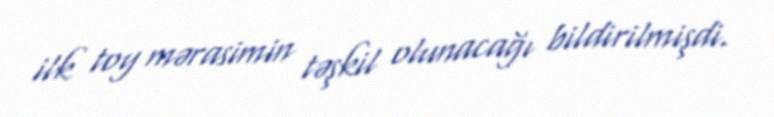
ilk toy mərasimin təşkil olunacağı bildirilmişdi.